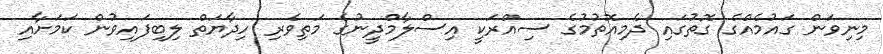
މިނިވަން ގައުމެއްގެ ގޮތުގައި ދެމިއޮތުމުގެ ސިއްރަކީ އިސްލާމްދީނުގެ މަތިވެރި ހިދާޔަތް ލިބިފައިވުން ކަމަށާއި